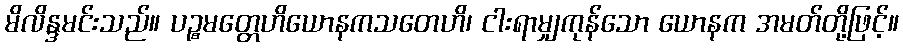
မိလိန္ဒမင်းသည်။ ပဉ္စမတ္တေဟိယောနကသတေဟိ၊ ငါးရာမျှကုန်သော ယောနက အမတ်တို့ဖြင့်။